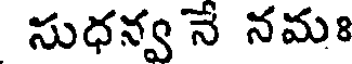
సుధన్వ నే నమః